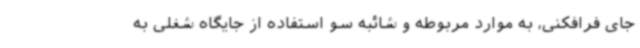
جای فرافکنی، به موارد مربوطه و شائبه سو استفاده از جایگاه شغلی به